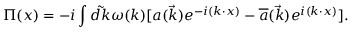
\Pi ( x ) = - i \int \tilde { d k } \omega ( k ) [ a ( \vec { k } ) e ^ { - i ( k \cdot x ) } - { \overline { { { a } } } } ( \vec { k } ) e ^ { i ( k \cdot x ) } ] .